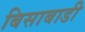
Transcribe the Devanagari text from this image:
बिसाबाडी